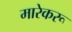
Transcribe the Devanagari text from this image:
मारेकरू